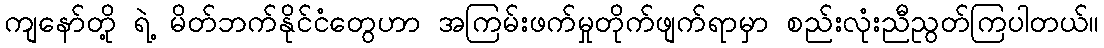
ကျနော်တို့ ရဲ့ မိတ်ဘက်နိုင်ငံတွေဟာ အကြမ်းဖက်မှုတိုက်ဖျက်ရာမှာ စည်းလုံးညီညွတ်ကြပါတယ်။